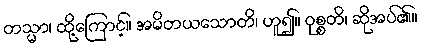
တသ္မာ၊ ထို့ကြောင့်။ အမိတယသောတိ၊ ဟူ၍။ ဝုစ္စတိ၊ ဆိုအပ်၏။